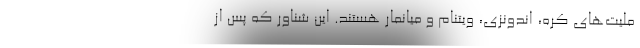
ملیت‌های کره، اندونزی، ویتنام و میانمار هستند. این شناور که پس از